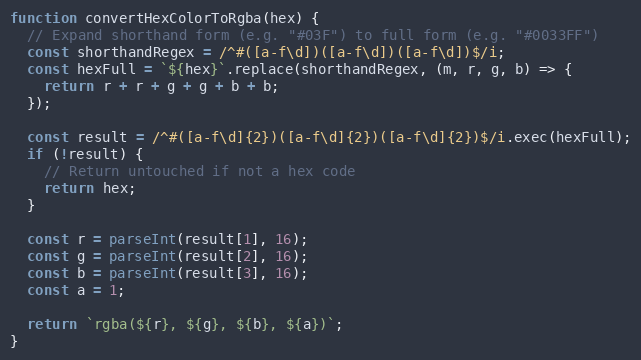
Language: JavaScript
function convertHexColorToRgba(hex) {
  // Expand shorthand form (e.g. "#03F") to full form (e.g. "#0033FF")
  const shorthandRegex = /^#([a-f\d])([a-f\d])([a-f\d])$/i;
  const hexFull = `${hex}`.replace(shorthandRegex, (m, r, g, b) => {
    return r + r + g + g + b + b;
  });

  const result = /^#([a-f\d]{2})([a-f\d]{2})([a-f\d]{2})$/i.exec(hexFull);
  if (!result) {
    // Return untouched if not a hex code
    return hex;
  }

  const r = parseInt(result[1], 16);
  const g = parseInt(result[2], 16);
  const b = parseInt(result[3], 16);
  const a = 1;

  return `rgba(${r}, ${g}, ${b}, ${a})`;
}